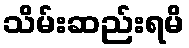
သိမ်းဆည်းရမိ